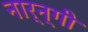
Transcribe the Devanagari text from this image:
नार्न्गी